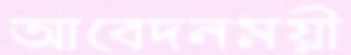
আবেদনময়ী